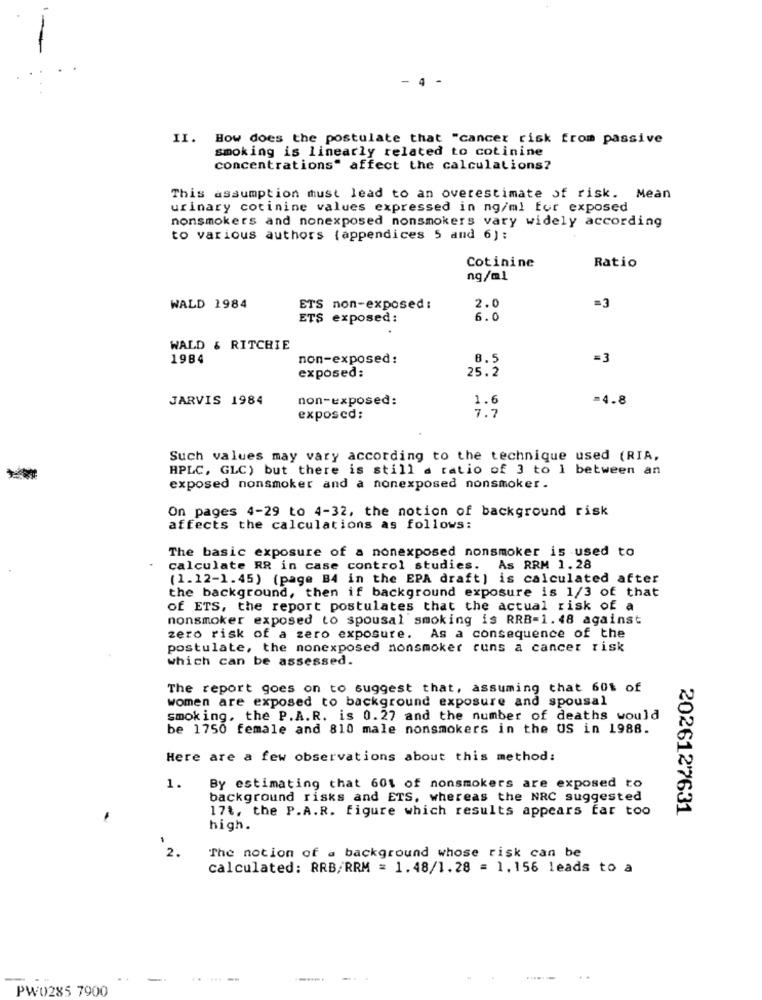
- 4
II. How does the postulate that "cancer risk from passive
smoking is linearly related to cotinine
concentrations" affect the calculations?
This assumption must lead to an overestimate of risk. Mean
urinary cotinine values expressed in ng/ml Eor exposed
nonsmokers and nonexposed nonsmokers vary widely according
to various authors {appendices 5 and 6):
Cotinine
Ratio
ng/ml
WALD 1984
ETS non-exposed :
2.0
=3
ETS exposed:
6.0
WALD & RITCHIE
1984
non-exposed:
8.5
=3
exposed:
25.2
JARVIS 1984
non-exposed:
1.6
=4.8
7.7
exposed:
Such values may vary according to the technique used (RIA,
HPLC, GLC) but there is still a ratio of 3 to 1 between an
exposed nonsmoker and a nonexposed nonsmoker.
On pages 4-29 to 4-32, the notion of background risk
affects the calculations as follows:
The basic exposure of a nonexposed nonsmoker is used to
calculate RR in case control studies. As RRM 1.28
(1.12-1.45) (page B4 in the EPA draft) is calculated after
the background, then if background exposure is 1/3 of that
of ETS, the report postulates that the actual risk of a
nonsmoker exposed to spousal smoking is RRB=1.48 against
zero risk of a zero exposure. As a consequence of the
postulate, the nonexposed nonsmoker runs a cancer risk
which can be assessed.
The report goes on to suggest that, assuming that 60% of
women are exposed to background exposure and spousal
smoking, the P.A.R. is 0.27 and the number of deaths would
be 1750 female and 810 male nonsmokers in the US in 1988.
Here are a few observations about this method:
1.
By estimating that 601 of nonsmokers are exposed to
background risks and ETS, whereas the NRC suggested
17t, the P.A.R. figure which results appears far too
2026127631
high.
2.
The notion of a background whose risk can be
calculated: RRB/RRM = 1.48/1.28 = 1.156 leads to a
-
..
.....-
PW0285 7900